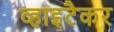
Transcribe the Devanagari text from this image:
व्हाइटैकर